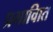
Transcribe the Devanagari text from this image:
प्रभावाित